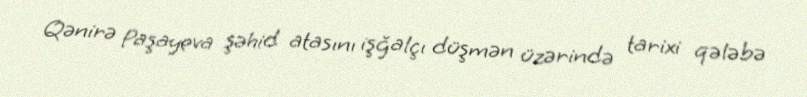
Qənirə Paşayeva şəhid atasını işğalçı düşmən üzərində tarixi qələbə